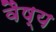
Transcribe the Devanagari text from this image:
वैष्य